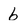
Character: 6